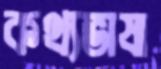
কথ্যভাষা